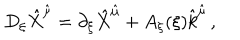
LaTeX: D _ { \xi } \hat { X } ^ { \hat { \mu } } = \partial _ { \xi } \hat { X } ^ { \hat { \mu } } + A _ { \xi } ( \xi ) \hat { k } ^ { \hat { \mu } } \, ,